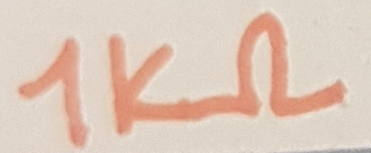
Text: 1KΩ